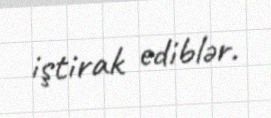
iştirak ediblər.